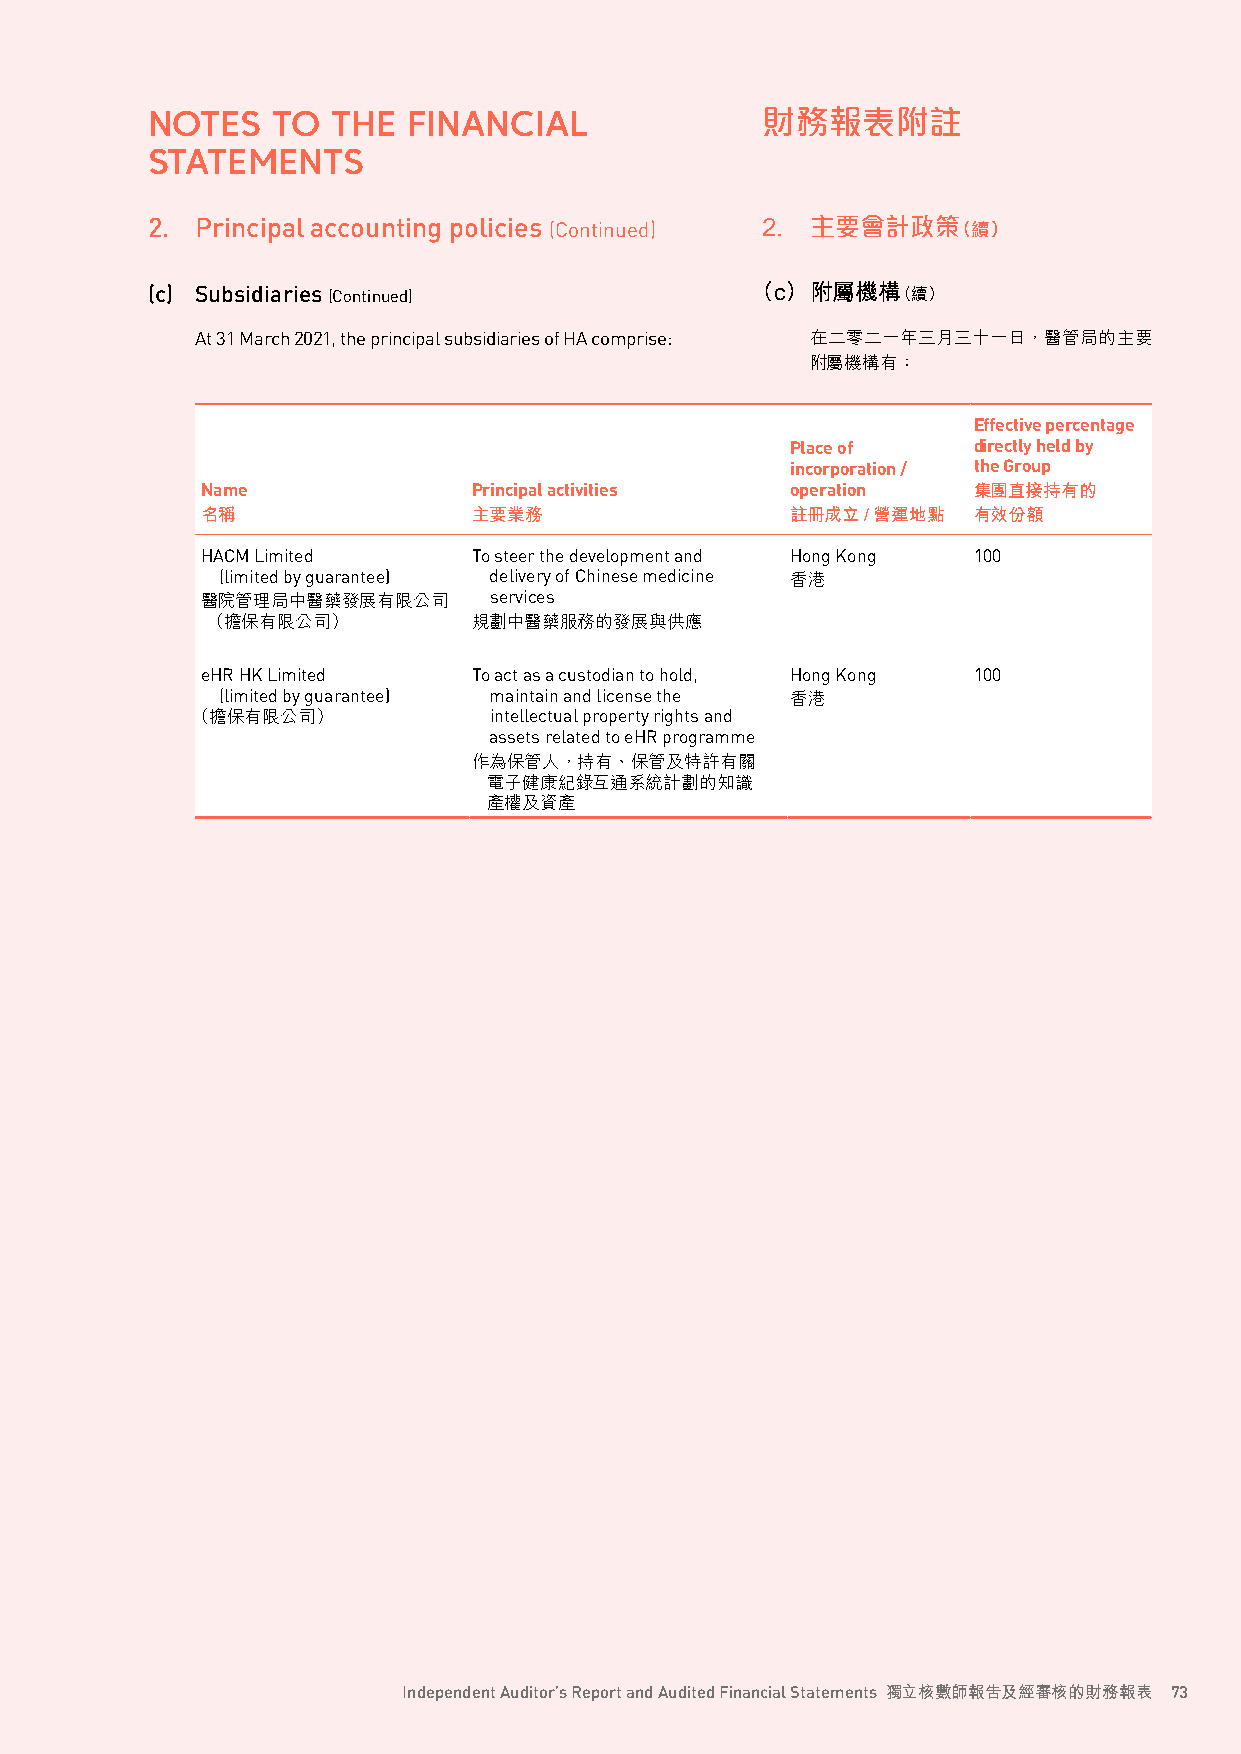
NOTES   TO  THE  FINANCIAL              財務報表附註
 STATEMENTS
 2. Principal accounting policies (Continued) 2. 主要會計政策（續）
 (c) Subsidiaries (Continued)            （c） 附屬機構（續）
 At 31 March 2021, the principal subsidiaries of HA comprise: 在二零二一年三月三十一日，醫管局的主要
 附屬機構有：
 Effective percentage
 Place of    directly held by
 incorporation / the Group
 Name              Principal activities operation   集團直接持有的
 名稱                主要業務                 註冊成立/營運地點   有效份額
 HACM Limited      To steer the development and Hong Kong 100
 (limited by guarantee) delivery of Chinese medicine 香港
 醫院管理局中醫藥發展有限公司     services
 （ 擔保有限公司）        規劃中醫藥服務的發展與供應
 eHR HK Limited    To act as a custodian to hold, Hong Kong 100
 (limited by guarantee) maintain and license the 香港
 （擔保有限公司）           intellectual property rights and
 assets related to eHR programme
 作為保管人，持有、保管及特許有關
 電子健康紀錄互通系統計劃的知識
 產權及資產
 Independent Auditor’s Report and Audited Financial Statements 獨立核數師報告及經審核的財務報表 73